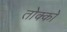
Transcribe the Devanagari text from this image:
तोक्को